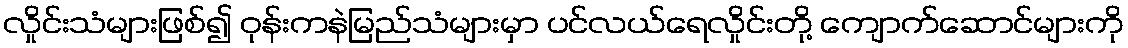
လှိုင်းသံများဖြစ်၍ ဝုန်းကနဲမြည်သံများမှာ ပင်လယ်ရေလှိုင်းတို့ ကျောက်ဆောင်များကို